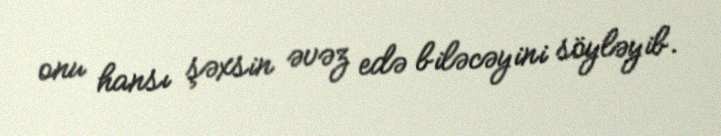
onu hansı şəxsin əvəz edə biləcəyini söyləyib.